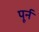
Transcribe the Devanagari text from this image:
पूर्न